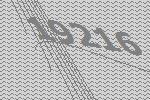
19216